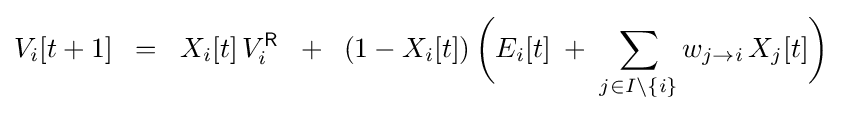
V_{i}[t+1]\;\;=\;\;X_{i}[t]\,V_{i}^{\mathsf {R}}\;\;+\;\;(1-X_{i}[t])\,{\biggl (}E_{i}[t]\;+\;\sum _{j\in I\setminus \{i\}}w_{j\to i}\,X_{j}[t]{\biggr )}